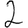
Digit: 2